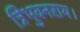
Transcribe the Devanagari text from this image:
त्रिभुवनराय।